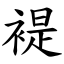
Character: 褆